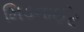
મિડનાઈટ